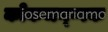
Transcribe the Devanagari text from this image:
कोकजन्ग्गक